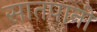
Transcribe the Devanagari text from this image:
सातपानी